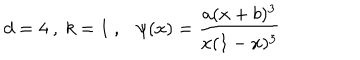
LaTeX: d = 4 \ , \ k = 1 \ , \ \ \ \psi ( x ) = \frac { a ( x + b ) ^ { 3 } } { x ( 1 - x ) ^ { 3 } } \,